Statistical return of the lunatic asylum in Assam - 1912-1932
Year: 1912
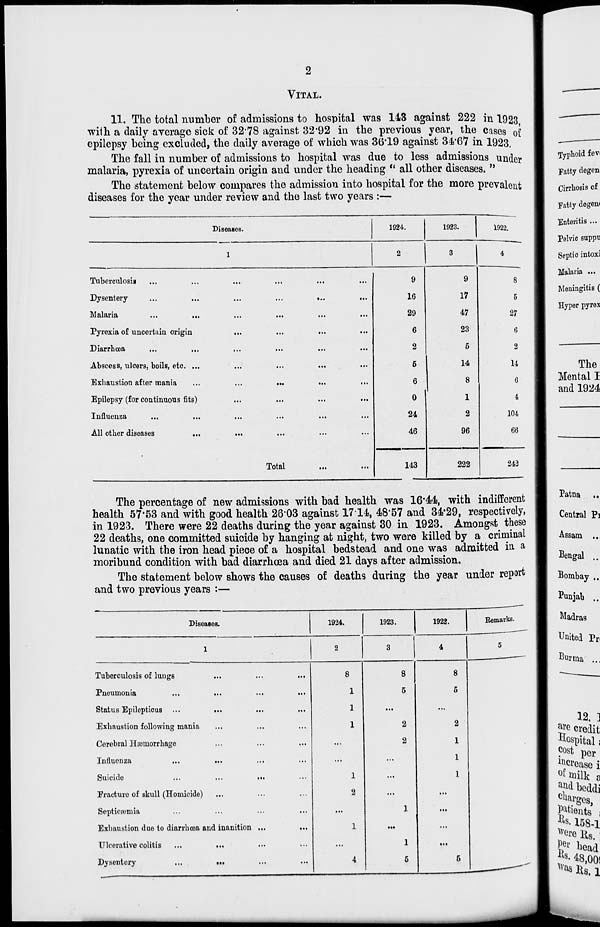
VITAL.
11. The total number of admissions to hospital was 143 against 222 in 1923
with a daily average sick of 32*78 against 32*92 in the previous year, the cases oi
epilepsy being excluded, the daily average of which was 36*19 against 34*67 in 1923.
The fall in number of admissions to hospital was due to less admissions under
malaria, pyrexia of uncertain origin and under the heading " all other diseases. "
The statement below compares the admission into hospital for the more prevalent
diseases for the year under review and the last two years :—
Diseases.
1924.
1923.
1922.
1
2
3
4
Tuberculosis
Dysentery
...
...
...
...
#..,
...
lYiaiana
...
...
...
...
...
.*•
Pyrexia of uncertain origin
Diarrhoea
...
...
,.,
...
...
...
Abscess, ulcers, boils, etc. ...
Exhaustion after mania
...
...
...
Epilepsy (for continuous fits)
Influenza
...
...
...
...
•••
All other diseases
...
...
9
16
29
6
2
5
6
0
24
46
9
17
47
23
5
14
8
1
2
96
8
5
27
6
2
14
6
4
104
66
Total
143
222
242
The percentage of new admissions with bad health was 16*44, with indifferent
health 57*53 and with good health 2603 against 1714, 48*57 and 34*29, respectively,
in 1923. There were 22 deaths during the year against 30 in 1923. Amongst these
22 deaths, one committed suicide by hanging at night, two were killed by a criminal
lunatic with the iron head piece of a hospital bedstead and one was admitted in a
moribund condition with bad diarrhoea and died 21 days after admission.
The statement below shows the causes of deaths during the year under report
and two previous years :—
Diseases.
Tuberculosis of lungs
Pneumonia
Status Epilepticus ...
...
Exhaustion following mania
Cerebral Hasuiorrhage
Influenza
...
...
Suicide
Fracture of skull (Homicide)
Septiciwmia
Exhaustion duo to diarrhoea and inanition
Ulcorative colitis
...
...
Dysentery
...
...
1924.
1
1
1923.
8
2
1
5
1922.
8
5
2
1
1
Kemarke.
Patna ..
Central Pi
Assam ..,
Bengal ...
Bombay ,.
Punjab ..
Madras
United Pri
Burma ...